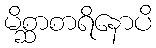
မိစ္ဆာစာရိနောပိ